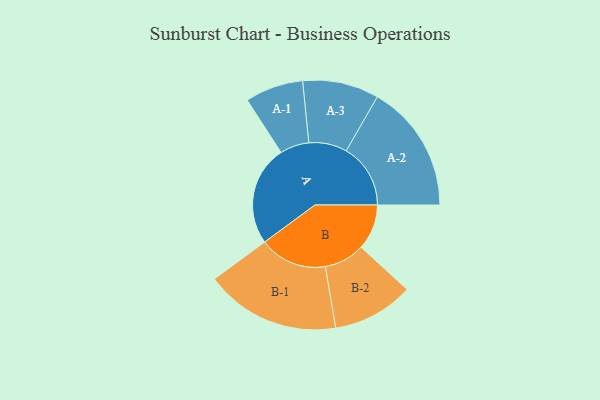
{"axis": {"x": "Segment", "y": "Value"}, "legend": ["", "A", "B"], "data": [{"x": "A", "y": 409, "type": ""}, {"x": "B", "y": 186, "type": ""}, {"x": "A-1", "y": 119, "type": "A"}, {"x": "A-2", "y": 263, "type": "A"}, {"x": "A-3", "y": 156, "type": "A"}, {"x": "B-1", "y": 277, "type": "B"}, {"x": "B-2", "y": 166, "type": "B"}]}